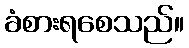
ခံစားရစေသည်။